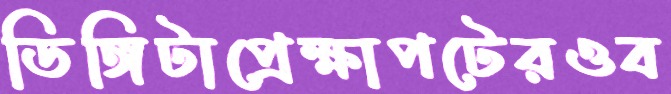
ডিঙ্গিটাপ্রেক্ষাপটেরওব